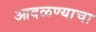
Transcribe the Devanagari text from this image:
आदळण्याचा